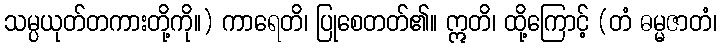
သမ္ပယုတ်တကားတို့ကို။) ကာရေတိ၊ ပြုစေတတ်၏။ ဣတိ၊ ထို့ကြောင့် (တံ ဓမ္မဇာတံ၊